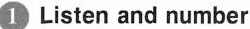
1 Listen and number